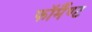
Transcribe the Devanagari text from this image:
फॉर्मैण्ट